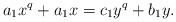
\begin{align*}a_1 x^q + a_1 x = c_1 y^q + b_1 y.\end{align*}